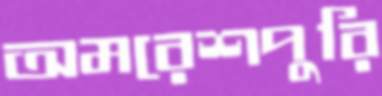
অমরেশপুরি